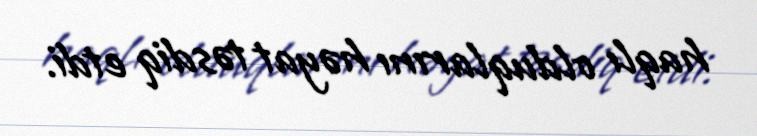
haqlı olduqlarını həyat təsdiq etdi.